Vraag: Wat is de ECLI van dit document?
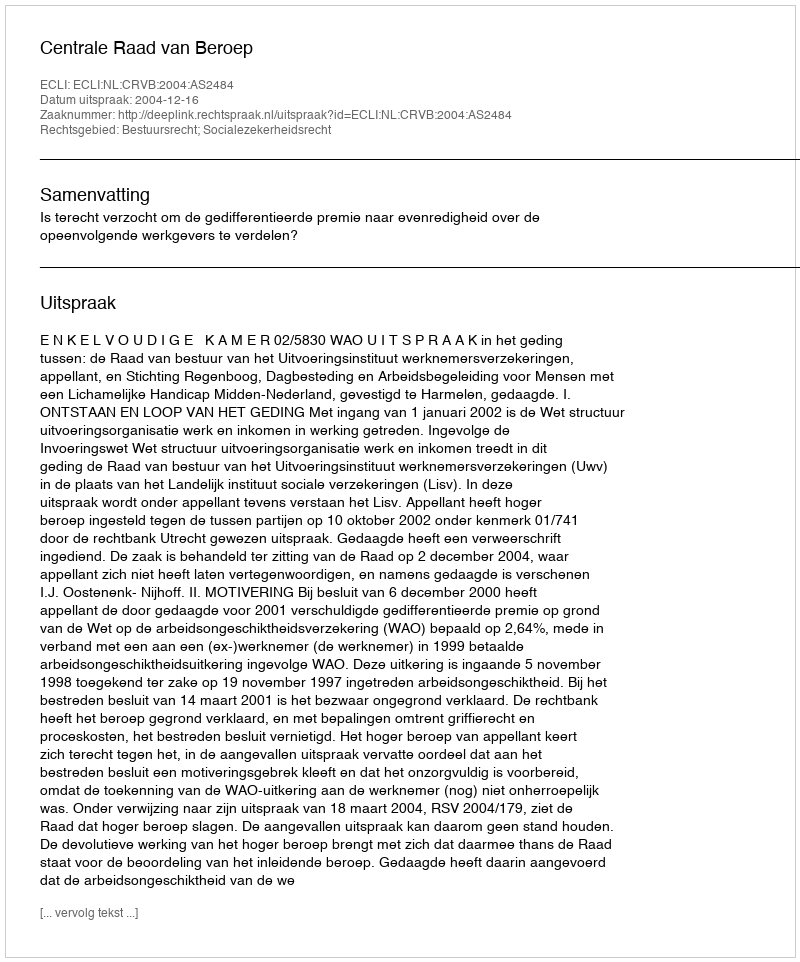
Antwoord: ECLI:NL:CRVB:2004:AS2484